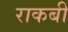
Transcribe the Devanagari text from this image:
राकबी